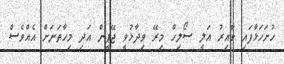
ހުށަހަޅާފައި ވާއިރު އަލީ ސޯލިހް މިރޭ ވިދާޅުވީ ޖޭޕީން އަދި މިހާތަނަށް އެއްވެސް